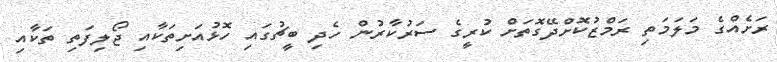
ރަށެއްގެ މަލަމަތި ރަމްޒުކޮށްދޭގޮތަށް ކުރީގެ ސަރުކާރުން ހެދި ބީޗުގައި ހޮޅުއަށިތަކާއި ޖޯލިފަތި ތަކާއި